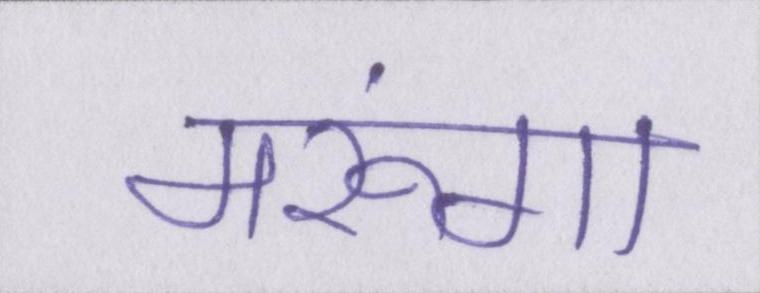
मरूंगा